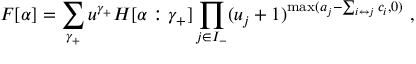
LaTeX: F [ \alpha ] = \sum _ { \gamma _ { + } } u ^ { \gamma _ { + } } H [ \alpha : \gamma _ { + } ] \prod _ { j \in I _ { - } } ( u _ { j } + 1 ) ^ { \operatorname * { m a x } ( a _ { j } - \sum _ { i \leftrightarrow j } c _ { i } , 0 ) } \ ,